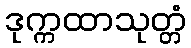
ဒုက္ကထာသုတ္တံ